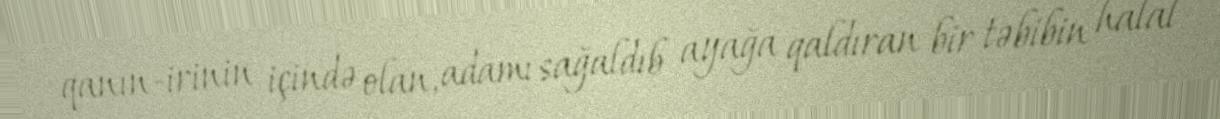
qanın-irinin içində olan, adamı sağaldıb ayağa qaldıran bir təbibin halal